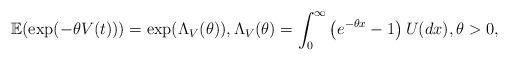
LaTeX: \begin{align*}\mathbb{E}(\exp(-\theta V(t)))=\exp(\Lambda_V(\theta)), \Lambda_V(\theta)&= \int_0^{\infty}\left(e^{-\theta x} -1\right)U(dx), \theta > 0,\end{align*}